Second report of the anti-malarial operations at Mian Mir, 1901-1903 - Number 9
Year: 1901
Disease focus: Malaria
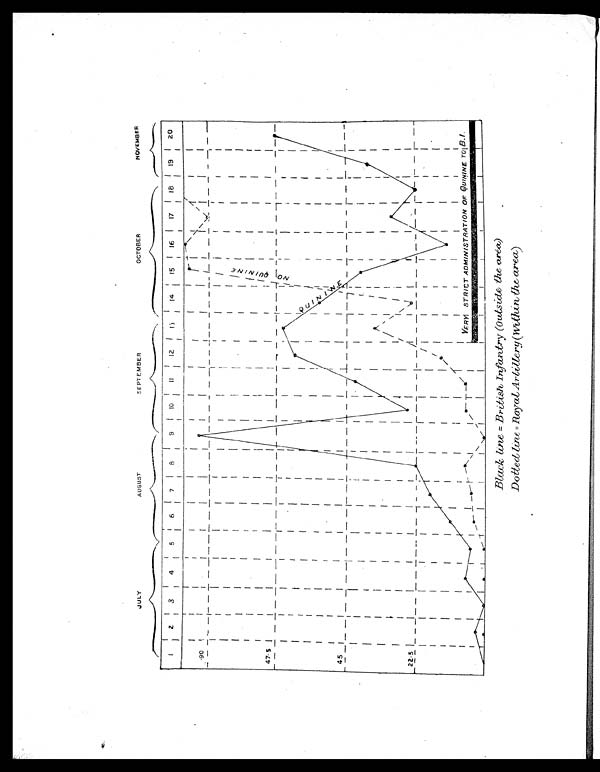
Black line = British Infantry (outside the area)
D o t t e d l i n e
= R o y a l A r t i l l e r y ( W i t h i n t h e , a r e a )